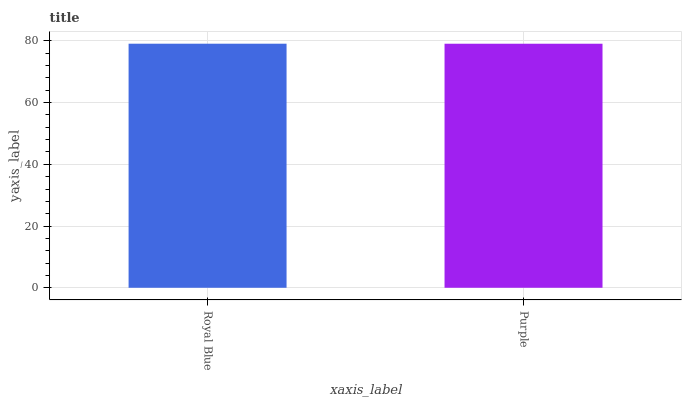
| xaxis_label | bars |
 | --- | --- |
 | Royal Blue | 79.1 |
 | Purple | 79.1 |